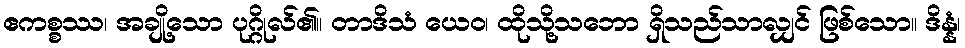
ဧကစ္စဿ၊ အချို့သော ပုဂ္ဂိုလ်၏။ တာဒိသံ ယေဝ၊ ထိုသို့သဘော ရှိသည်သာလျှင် ဖြစ်သော။ ဒိန္နံ၊